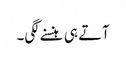
آتے ہی ہنسنے لگی۔